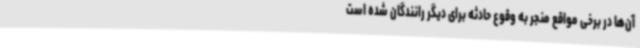
آن‌ها در برخی مواقع منجر به وقوع حادثه برای دیگر رانندگان شده است